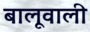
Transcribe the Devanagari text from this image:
बालूवाली